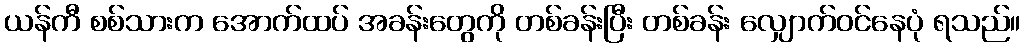
ယန်ကီ စစ်သားက အောက်ထပ် အခန်းတွေကို တစ်ခန်းပြီး တစ်ခန်း လျှောက်ဝင်နေပုံ ရသည်။